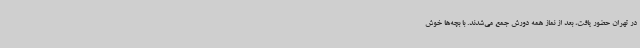
در تهران حضور یافت، بعد از نماز همه دورش جمع می‌شدند. با بچه‌ها خوش